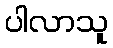
ပါလာသူ